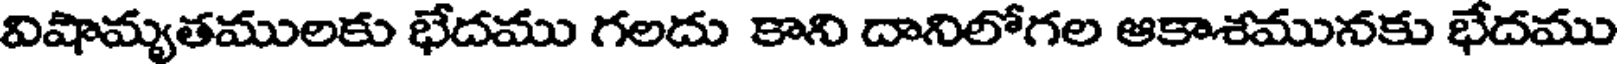
విషామ్యుతములకు భేదము గలదు కాని దానిలోగల ఆకాశమునకు భేదము